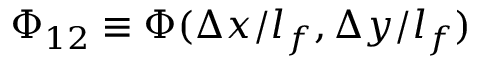
\Phi _ { 1 2 } \equiv \Phi ( \Delta x / l _ { f } , \Delta y / l _ { f } )